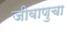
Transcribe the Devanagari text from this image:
जीवाणुचा